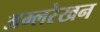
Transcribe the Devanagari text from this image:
अम्लरेखन